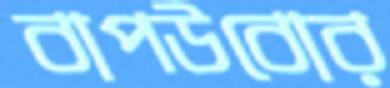
বাপউবোর